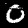
Label: 0